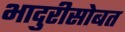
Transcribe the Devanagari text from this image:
भादुरीसोबत